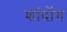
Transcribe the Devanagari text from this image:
शांदोंग